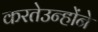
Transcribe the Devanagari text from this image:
करतेउन्होंने